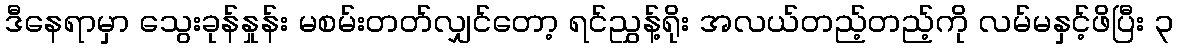
ဒီနေရာမှာ သွေးခုန်နှုန်း မစမ်းတတ်လျှင်တော့ ရင်ညွှန့်ရိုး အလယ်တည့်တည့်ကို လမ်မနှင့်ဖိပြီး ၃